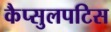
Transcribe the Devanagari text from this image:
कैप्सुलपटिस